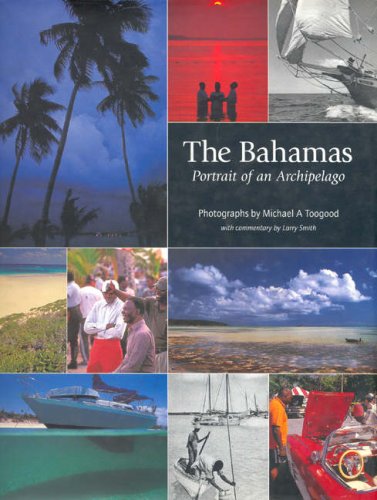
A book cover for The Bahamas: Portrait of an Archipelago; Larry Smith; Travel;